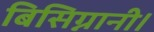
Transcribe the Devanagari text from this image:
बिसिग्नानी।